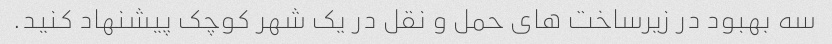
سه بهبود در زیرساخت های حمل و نقل در یک شهر کوچک پیشنهاد کنید.